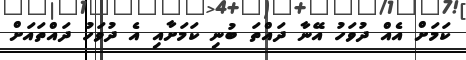
ކަމަށް އެއް ދުވަހު އޭނާ ދައްތަ ބުނި ކަމަށާއި އެ ދުވަހު ދައްތައަށް